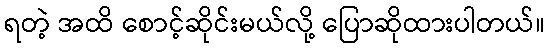
ရတဲ့ အထိ စောင့်ဆိုင်းမယ်လို့ ပြောဆိုထားပါတယ်။